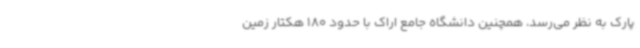
پارک به نظر می‌رسد، همچنین دانشگاه جامع اراک با حدود 180 هکتار زمین